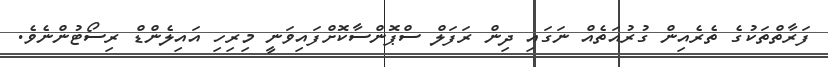
ފަރާތްތަކުގެ ތެރެއިން ގުރުއަތެއް ނަގައި ދިން ރަފަލް ސްޕޮންސާކޮށްފައިވަނީ މިރިހި އައިލެންޑް ރިސޯޓުންނެވެ.